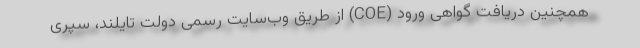
همچنین دریافت گواهی ورود (COE) از طریق وب‌سایت رسمی دولت تایلند، سپری